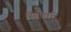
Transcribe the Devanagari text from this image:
बढ़ाएंगे।